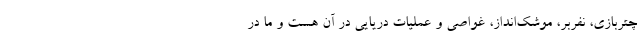
چتربازی، نفربر، موشک‌انداز، غواصی و عملیات دریایی در آن هست و ما در